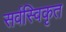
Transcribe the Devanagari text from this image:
सर्वस्विकृत